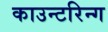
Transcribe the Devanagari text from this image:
काउन्टरिन्ग